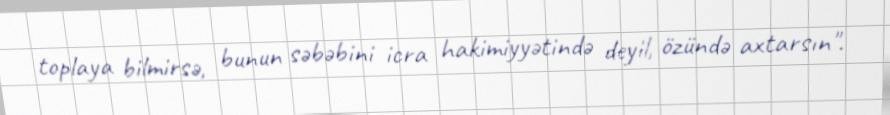
toplaya bilmirsə, bunun səbəbini icra hakimiyyətində deyil, özündə axtarsın".